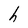
Character: h